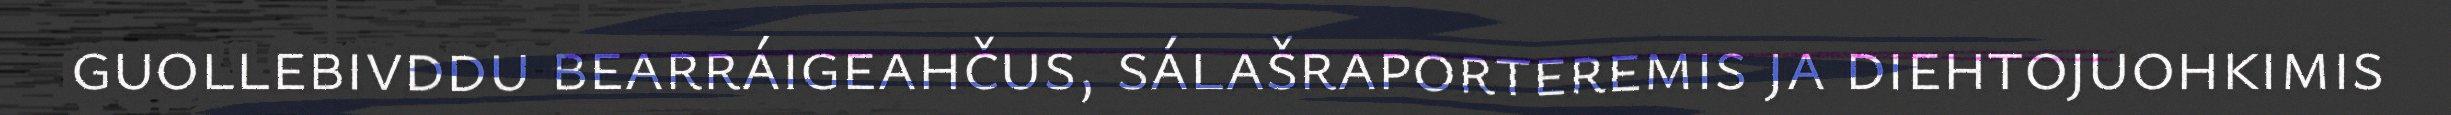
guollebivddu bearráigeahčus, sálašraporteremis ja diehtojuohkimis